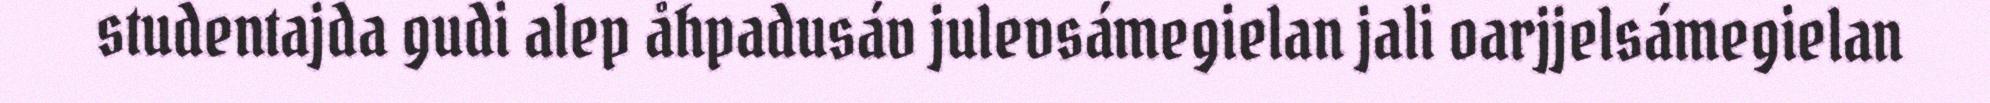
studentajda gudi alep åhpadusáv julevsámegielan jali oarjjelsámegielan